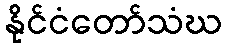
နိုင်ငံတော်သံဃ